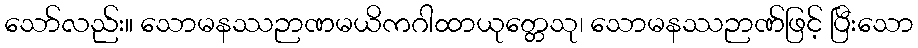
သော်လည်း။ သောမနဿဉာဏမယိကဂါထာယုတ္တေသု၊ သောမနဿဉာဏ်ဖြင့် ပြီးသော